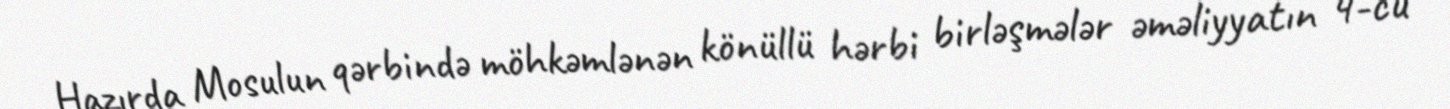
Hazırda Mosulun qərbində möhkəmlənən könüllü hərbi birləşmələr əməliyyatın 4-cü